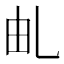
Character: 𠃦